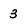
Character: 3